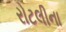
રોટલીના